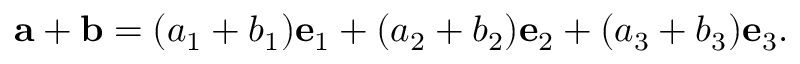
\mathbf { a } + \mathbf { b } = ( a _ { 1 } + b _ { 1 } ) \mathbf { e } _ { 1 } + ( a _ { 2 } + b _ { 2 } ) \mathbf { e } _ { 2 } + ( a _ { 3 } + b _ { 3 } ) \mathbf { e } _ { 3 } .